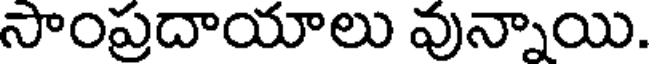
సాంప్రదాయాలు వున్నాయి.